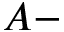
A -